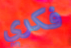
فكري